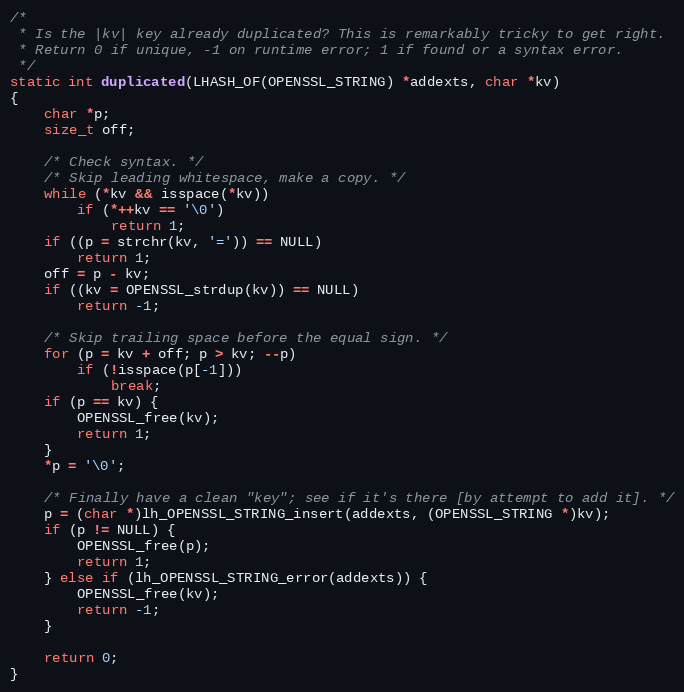
Language: C
/*
 * Is the |kv| key already duplicated? This is remarkably tricky to get right.
 * Return 0 if unique, -1 on runtime error; 1 if found or a syntax error.
 */
static int duplicated(LHASH_OF(OPENSSL_STRING) *addexts, char *kv)
{
    char *p;
    size_t off;

    /* Check syntax. */
    /* Skip leading whitespace, make a copy. */
    while (*kv && isspace(*kv))
        if (*++kv == '\0')
            return 1;
    if ((p = strchr(kv, '=')) == NULL)
        return 1;
    off = p - kv;
    if ((kv = OPENSSL_strdup(kv)) == NULL)
        return -1;

    /* Skip trailing space before the equal sign. */
    for (p = kv + off; p > kv; --p)
        if (!isspace(p[-1]))
            break;
    if (p == kv) {
        OPENSSL_free(kv);
        return 1;
    }
    *p = '\0';

    /* Finally have a clean "key"; see if it's there [by attempt to add it]. */
    p = (char *)lh_OPENSSL_STRING_insert(addexts, (OPENSSL_STRING *)kv);
    if (p != NULL) {
        OPENSSL_free(p);
        return 1;
    } else if (lh_OPENSSL_STRING_error(addexts)) {
        OPENSSL_free(kv);
        return -1;
    }

    return 0;
}